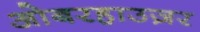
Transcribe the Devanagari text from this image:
ओबरहाउज़र